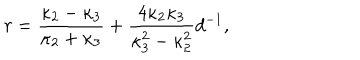
r = { \frac { \kappa _ { 2 } - \kappa _ { 3 } } { \kappa _ { 2 } + \kappa _ { 3 } } } + { \frac { 4 \kappa _ { 2 } \kappa _ { 3 } } { \kappa _ { 3 } ^ { 2 } - \kappa _ { 2 } ^ { 2 } } } d ^ { - 1 } ,